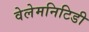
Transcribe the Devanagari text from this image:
वेलेमनिटिडी